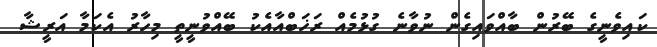
ކައިވެނީގެ ބޭރުން ބާއްވައިގެން ނުވާނެ ގުޅުމެއް ރަޚަބްއާއެކު ބޭއްވުނީތީ މިހާރު އެކަމާ އަރީޝާ